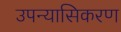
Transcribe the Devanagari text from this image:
उपन्यासिकरण